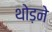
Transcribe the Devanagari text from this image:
थोड़ने